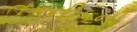
તકનીકનો